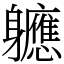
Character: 軈